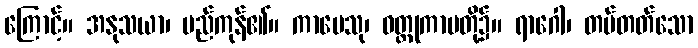
ကြောင့်။ အနုသယာ၊ မည်ကုန်၏။ ကာမေသု၊ ဝတ္ထုကာမတို့၌။ ရာဂေါ၊ တပ်တတ်သော